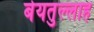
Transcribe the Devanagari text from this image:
बेयतुल्लाह